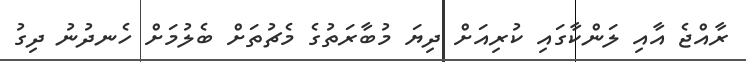
ރާއްޖެ އާއި ލަންކާގައި ކުރިއަށް ދިޔަ މުބާރަތުގެ މެޗުތަށް ބެލުމަށް ހެނދުނު ދިގު